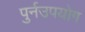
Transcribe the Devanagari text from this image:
पुर्नउपयोग